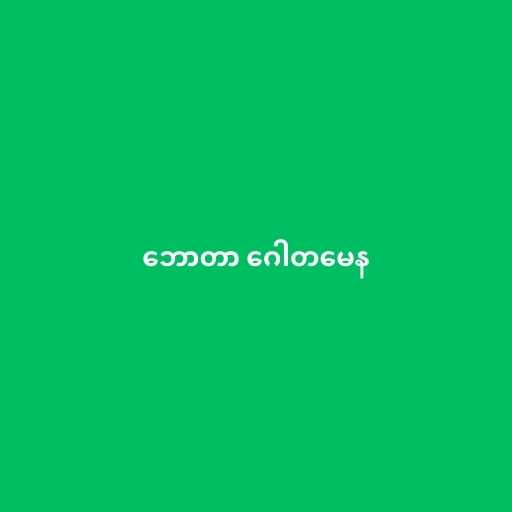
ဘောတာ ဂေါတမေန